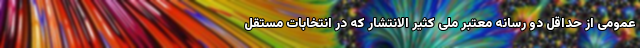
عمومی از حداقل دو رسانه معتبر ملی کثیر الانتشار که در انتخابات مستقل